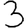
Digit: 3